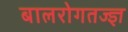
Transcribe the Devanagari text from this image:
बालरोगतज्‍ज्ञ